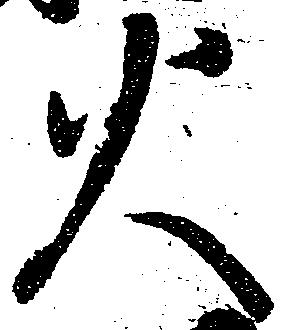
火